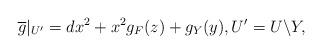
LaTeX: \begin{align*}\overline g|_{U'}=dx^2+x^2g_F(z)+g_Y(y), U'=U\backslash Y,\end{align*}